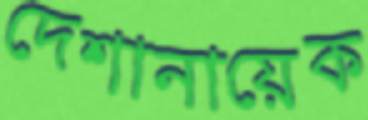
দেশানায়েক